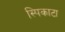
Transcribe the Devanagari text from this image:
स्पिकाटा